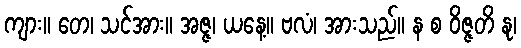
ကျား။ တေ၊ သင်အား။ အဇ္ဇ၊ ယနေ့။ ဗလံ၊ အားသည်။ န စ ဝိဇ္ဇတိ နု၊